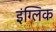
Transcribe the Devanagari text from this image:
इंग्लिक